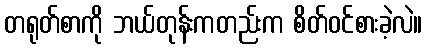
တရုတ်စာကို ဘယ်တုန်းကတည်းက စိတ်ဝင်စားခဲ့လဲ။